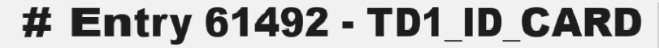
# Entry 61492 - TD1_ID_CARD